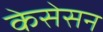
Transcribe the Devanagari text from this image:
केसेसन